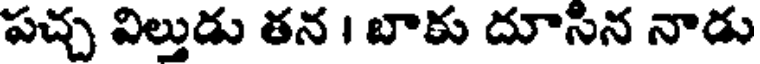
పచ్చ విల్తుడు తన । బాకు దూసిన నాడు